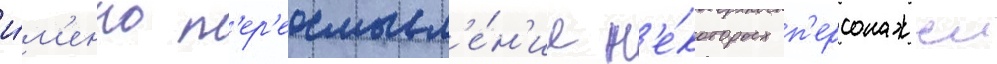
и́м'енно п'ер'еосмысл'е́н'ие н'е́которых п'ерсонажеи